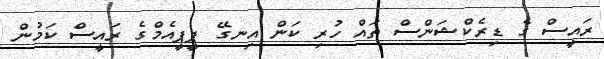
ރައީސް ގެ ޑިރެކްޝަންސް ތައް ހުރި ކަން އިނގޭ ޕީޕީއެމްގެ ރައީސް ކަމުން